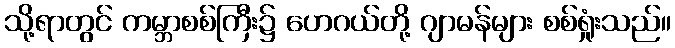
သို့ရာတွင် ကမ္ဘာစစ်ကြီး၌ ဟေဂယ်တို့ ဂျာမန်များ စစ်ရှုံးသည်။